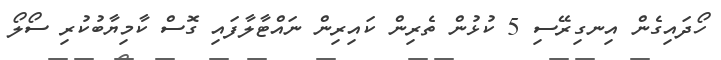
ހޯދައިގެން އިނގިރޭސި 5 ކުޅުން ތެރިން ކައިރިން ނައްޓާލާފައި ގޮސް ކާމިޔާބުކުރި ސޯލޯ